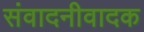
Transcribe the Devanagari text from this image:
संवादनीवादक